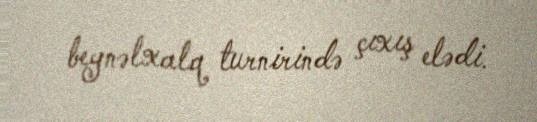
beynəlxalq turnirində çıxış elədi.